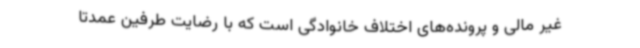
غیر مالی و پرونده‌های اختلاف خانوادگی است که با رضایت طرفین عمدتا